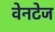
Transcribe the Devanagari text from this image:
वेनटेज